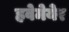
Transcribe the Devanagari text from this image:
हवेमेयेर